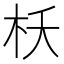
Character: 枖